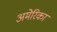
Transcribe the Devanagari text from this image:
अमेेेेरिका